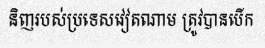
និញរបស់ប្រទេសវៀតណាម ត្រូវបានបើក